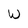
Character: W